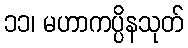
၁၁၊ မဟာကပ္ပိနသုတ်